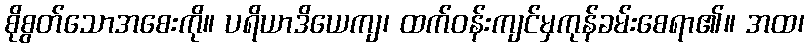
စိုစွတ်သောအစေးကို။ ပရိယာဒိယေကျ၊ ထက်ဝန်းကျင်မှကုန်ခမ်းစေရာ၏။ အထ၊